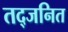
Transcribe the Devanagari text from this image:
तद्जनित